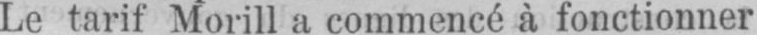
Le tarif Morill a commencé à fonctionner